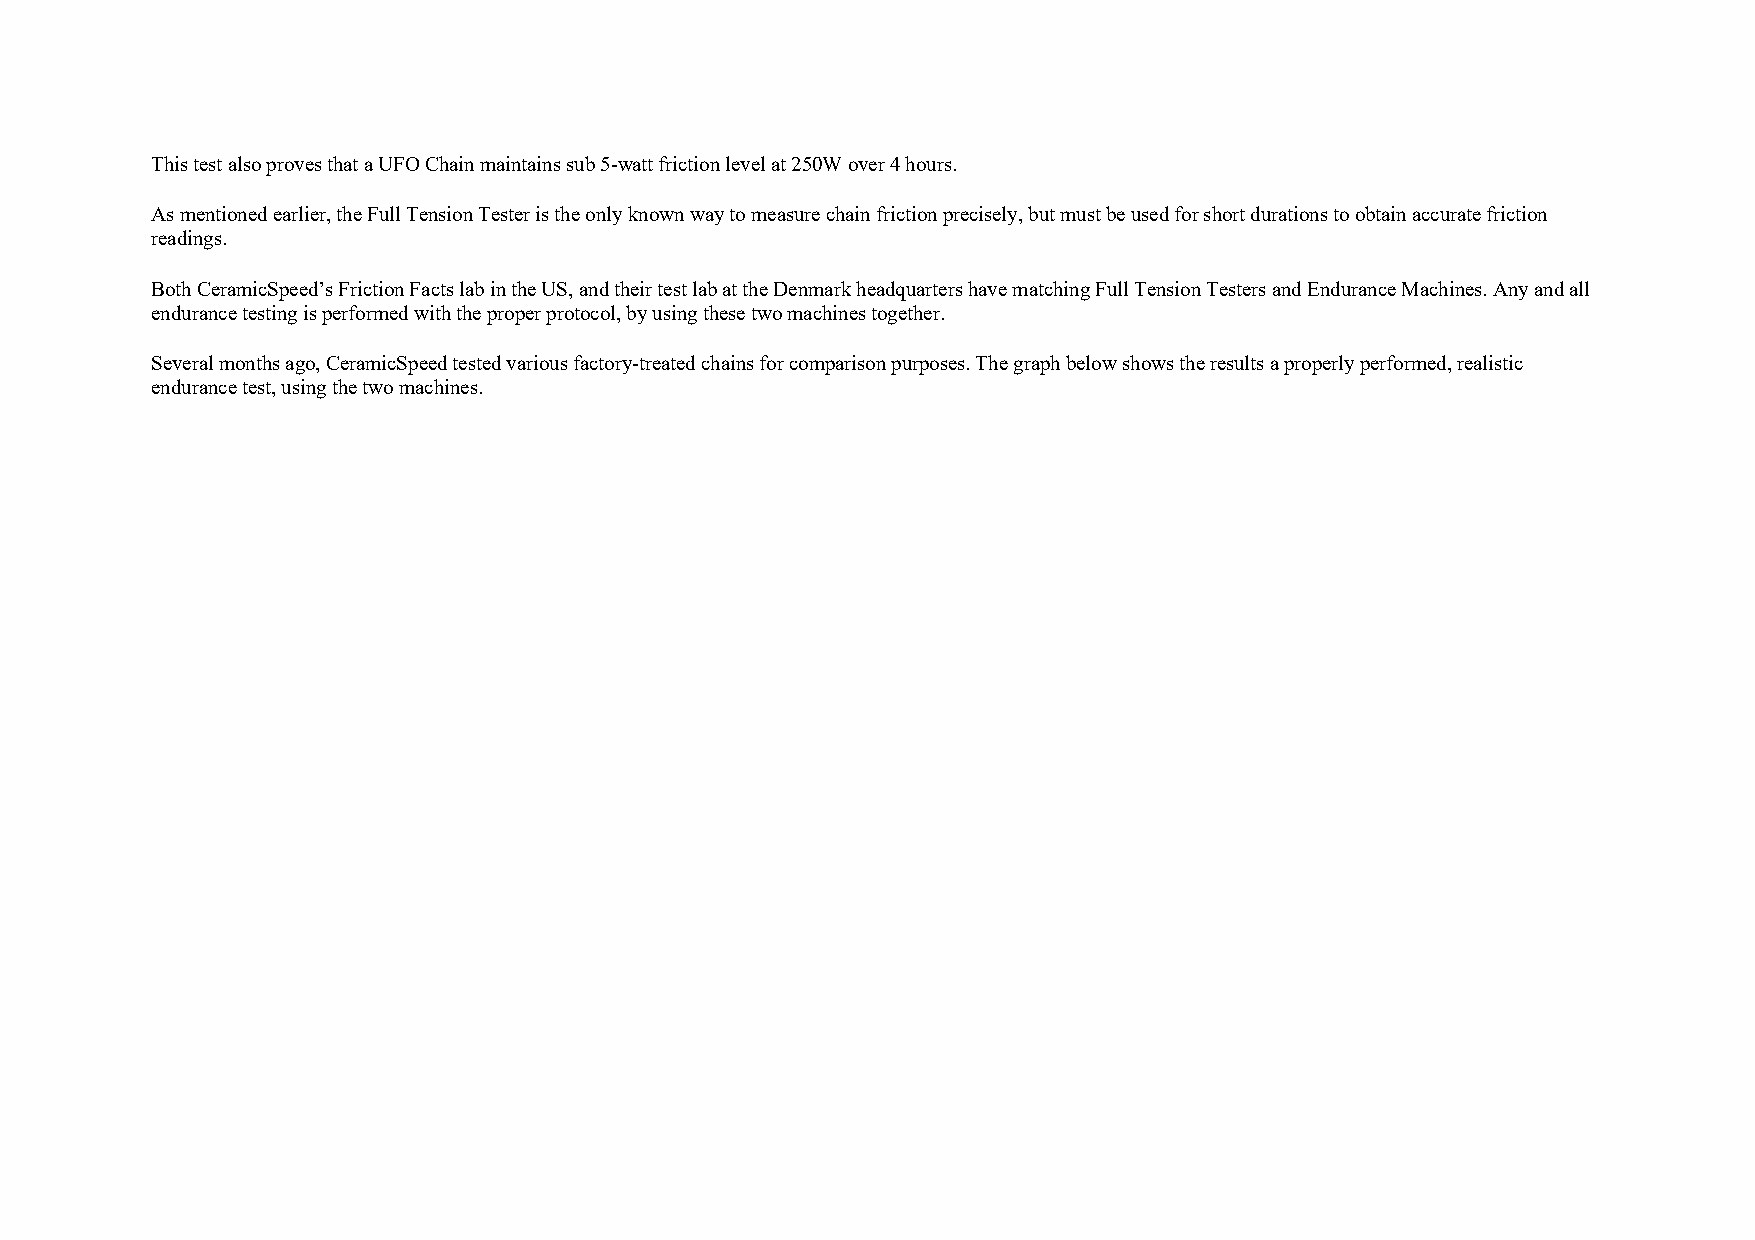
This test also proves that a UFO Chain maintains sub 5-watt friction level at 250W over 4 hours.
 As mentioned earlier, the Full Tension Tester is the only known way to measure chain friction precisely, but must be used for short durations to obtain accurate friction
 readings.
 Both CeramicSpeed’s Friction Facts lab in the US, and their test lab at the Denmark headquarters have matching Full Tension Testers and Endurance Machines. Any and all
 endurance testing is performed with the proper protocol, by using these two machines together.
 Several months ago, CeramicSpeed tested various factory-treated chains for comparison purposes. The graph below shows the results a properly performed, realistic
 endurance test, using the two machines.